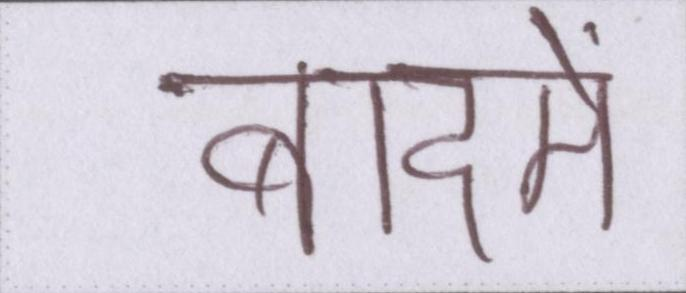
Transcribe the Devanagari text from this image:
बादमें